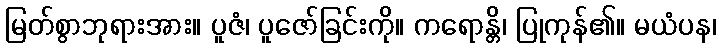
မြတ်စွာဘုရားအား။ ပူဇံ၊ ပူဇော်ခြင်းကို။ ကရောန္တိ၊ ပြုကုန်၏။ မယံပန၊